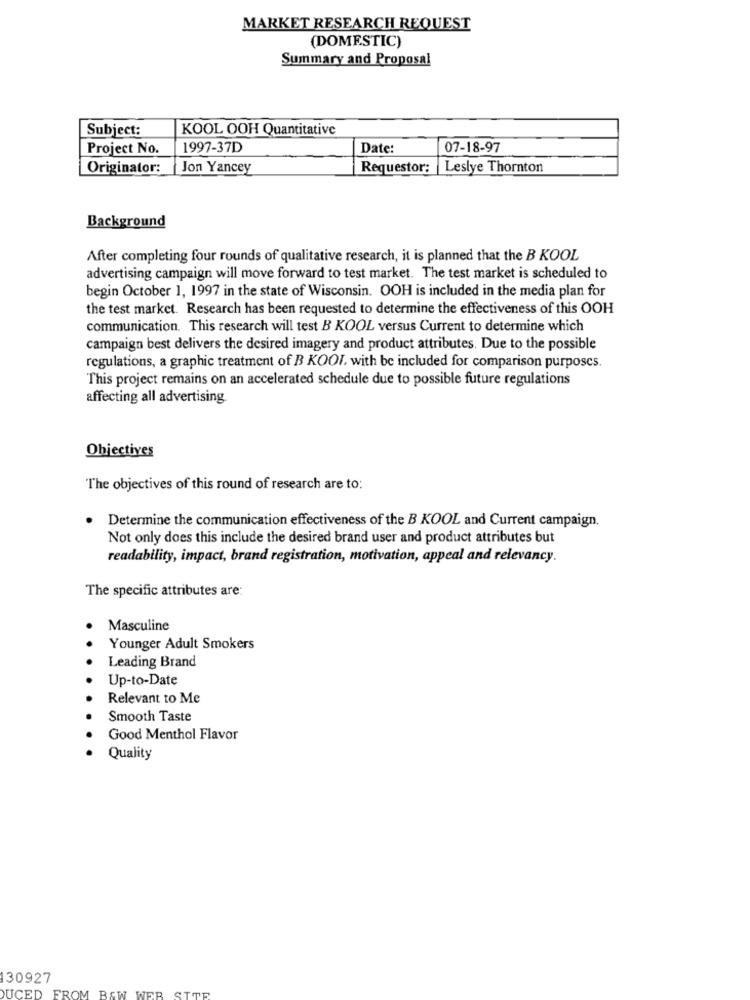
MARKET RESEARCH REQUEST
(DOMESTIC)
Summary and Proposal
Subject:
KOOL OOH Quantitative
Project No.
1997-37D
Date:
07-18-97
Originator:
Jon Yancey
Requestor:
Leslye Thornton
Background
After completing four rounds of qualitative research, it is planned that the B KOOL
advertising campaign will move forward to test market. The test market is scheduled to
begin October 1, 1997 in the state of Wisconsin. OOH is included in the media plan for
the test market. Research has been requested to determine the effectiveness of this OOH
communication. This research will test B KOOL versus Current to determine which
campaign best delivers the desired imagery and product attributes. Due to the possible
regulations, a graphic treatment of B KOOI, with be included for comparison purposes.
This project remains on an accelerated schedule due to possible future regulations
affecting all advertising
Objectives
The objectives of this round of research are to:
Determine the communication effectiveness of the B KOOL and Current campaign.
Not only does this include the desired brand user and product attributes but
readability, impact, brand registration, motivation, appeal and relevancy.
The specific attributes are:
Masculine
Younger Adult Smokers
Leading Brand
Up-to-Date
Relevant to Me
Smooth Taste
Good Menthol Flavor
Quality
130927
WER SITE
DUCED FROM B&W